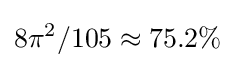
8\pi ^{2}/105\approx 75.2\%